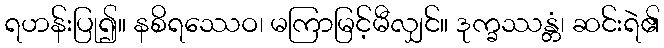
ရဟန်းပြု၍။ နစိရဿေဝ၊ မကြာမြင့်မီလျှင်။ ဒုက္ခဿန္တံ၊ ဆင်းရဲ၏